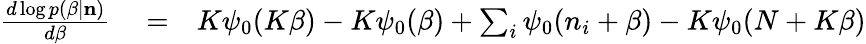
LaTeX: \begin{array}{rlr}{\frac{d\log p(\beta|{\mathbf n})}{d\beta}}&{{}=}&{K\psi_{0}(K\beta)-K\psi_{0}(\beta)+\sum_{i}\psi_{0}(n_{i}+\beta)-K\psi_{0}(N+K\beta)}\end{array}